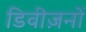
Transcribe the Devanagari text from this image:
डिवीज़नों